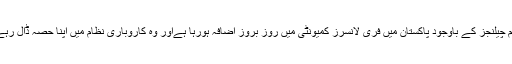
ان تمام چیلنجز کے باوجود پاکستان میں فری لانسرز کمیونٹی میں روز بروز اضافہ ہورہا ہےاور وہ کاروباری نظام میں اپنا حصہ ڈال رہے ہیں۔